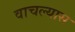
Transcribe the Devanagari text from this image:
वाचल्यास